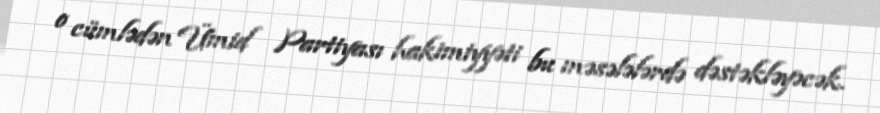
o cümlədən Ümid Partiyası hakimiyyəti bu məsələlərdə dəstəkləyəcək.